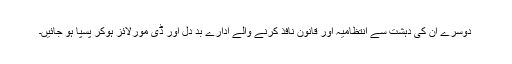
دوسرے ان کی دہشت سے انتظامیہ اور قانون نافذ کرنے والے ادارے بد دل اور ڈی مورلائز ہوکر پسپا ہو جائیں۔